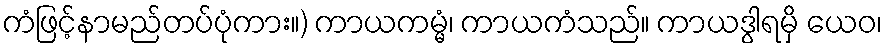
ကံဖြင့်နာမည်တပ်ပုံကား။) ကာယကမ္မံ၊ ကာယကံသည်။ ကာယဒွါရမှိ ယေဝ၊